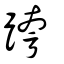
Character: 跨